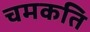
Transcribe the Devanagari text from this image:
चमकति